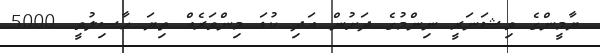
ޔާމީންގެ ވިޝަނަރީ ނިންމުގެ ދަށުން އަދި ކުޑަ މިންވަރެއް ތިޔަ ހާސިލުވީ. 5000